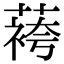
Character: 𬞔